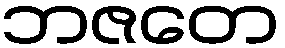
ဘဇတေ